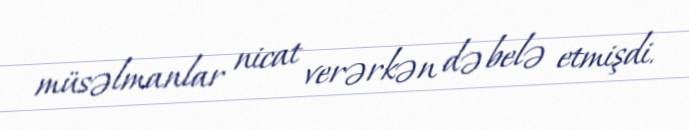
müsəlmanlar nicat verərkən də belə etmişdi.